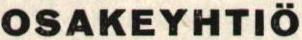
OSAKEYHTIÖ